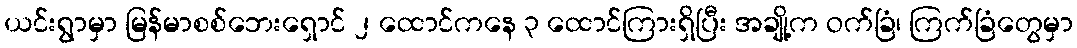
ယင်းရွာမှာ မြန်မာစစ်ဘေးရှောင် ၂ ထောင်ကနေ ၃ ထောင်ကြားရှိပြီး အချို့က ဝက်ခြံ၊ ကြက်ခြံတွေမှာ